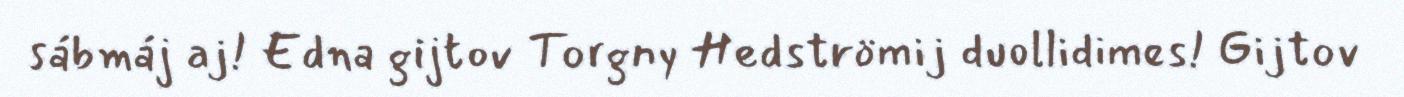
sábmáj aj! Edna gijtov Torgny Hedströmij duollidimes! Gijtov